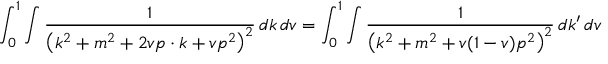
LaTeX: \int _ { 0 } ^ { 1 } \int { \frac { 1 } { \left( k ^ { 2 } + m ^ { 2 } + 2 v p \cdot k + v p ^ { 2 } \right) ^ { 2 } } } \, d k \, d v = \int _ { 0 } ^ { 1 } \int { \frac { 1 } { \left( k ^ { 2 } + m ^ { 2 } + v ( 1 - v ) p ^ { 2 } \right) ^ { 2 } } } \, d k ^ { \prime } \, d v